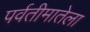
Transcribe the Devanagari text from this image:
पर्वतीमातेला